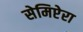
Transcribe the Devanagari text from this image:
सेमिप्टेरा